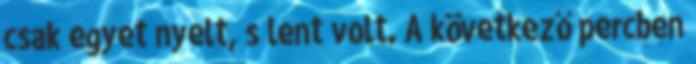
csak egyet nyelt, s lent volt. A következő percben